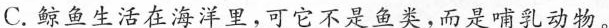
C.鲸鱼生活在海洋里，可它不是鱼类，而是哺乳动物。